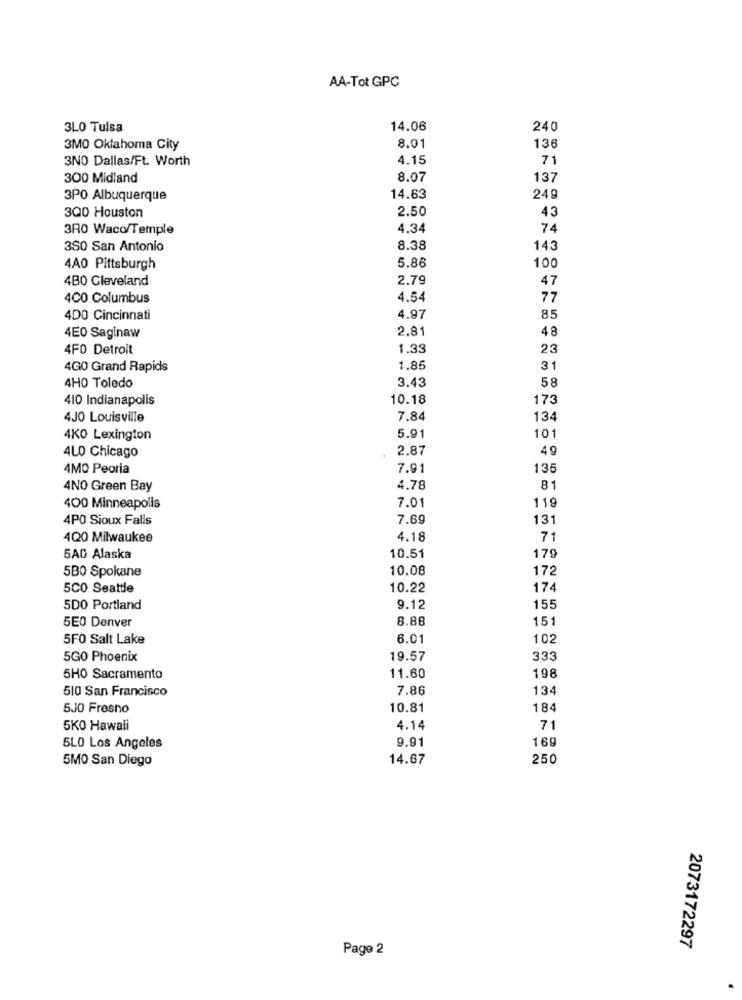
AA-Tot GPC
3L0 Tulsa
14.06
240
3MO Oklahoma City
8.01
136
3NO Dallas/Ft. Worth
4.15
71
300 Midland
8.07
137
3PO Albuquerque
14.63
249
3Q0 Houston
2.50
43
3R0 Waco/Temple
4.34
74
3SO San Antonio
8.38
143
100
4AO Pittsburgh
5.86
4BO Cleveland
2.79
47
4CO Columbus
4.54
77
4DO Cincinnati
4.97
85
2.81
48
4E0 Saginaw
4FO Detroit
1.33
23
4G0 Grand Rapids
1.85
31
58
4HO Toledo
3.43
410 Indianapolis
10.18
173
4JO Louisville
7.84
134
5.91
101
4KO Lexington
4LO Chicago
2.87
49
4MO Peoria
7.91
135
4NO Green Bay
4.78
81
7.01
400 Minneapolis
119
4PO Sioux Falls
7.69
131
4Q0 Milwaukee
4.18
71
179
5AD Alaska
10.51
5B0 Spokane
10.08
172
5C0 Seattle
10.22
174
5DO Portland
9.12
155
5E0 Denver
8.88
15:
5FO Salt Lake
6.01
102
5GO Phoenix
19.57
333
5HO Sacramento
11.60
198
510 San Francisco
7.86
13
5J0 Fresno
10.81
184
5KO Hawali
4.14
71
9.91
169
5LO Los Angeles
5MO San Diego
14.67
250
2073172297
Page 2